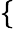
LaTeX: \begin{array}{r}{\left\{ \begin{array}{ll}\end{array}\right.}\end{array}